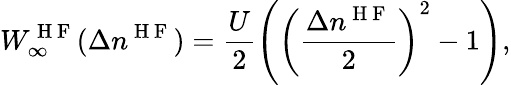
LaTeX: W_{\infty}^{\mathrm{~H~F~}}(\Delta n^{\mathrm{~H~F~}})=\frac{U}{2}\left(\left(\frac{\Delta n^{\mathrm{~H~F~}}}{2}\right)^{2}-1\right),